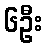
၆ဦး